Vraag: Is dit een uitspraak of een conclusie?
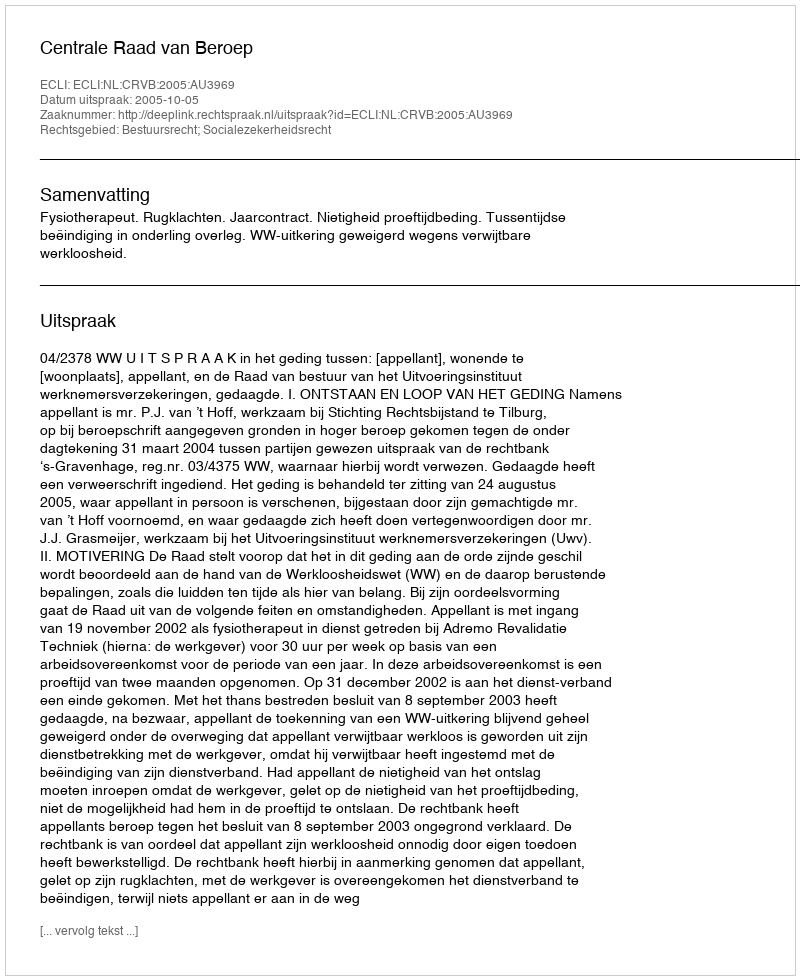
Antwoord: Uitspraak